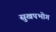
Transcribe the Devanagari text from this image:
सुखपभोग